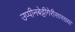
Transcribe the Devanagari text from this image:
उप्पीनबेट्टीगेरीसारख्या